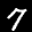
Label: 7